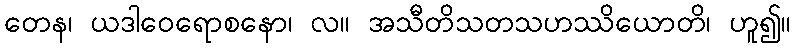
တေန၊ ယဒါဝေရောစနော၊ လ။ အသီတိသတသဟဿိယောတိ၊ ဟူ၍။